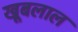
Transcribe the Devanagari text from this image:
खूबलाल